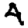
Digit: 4